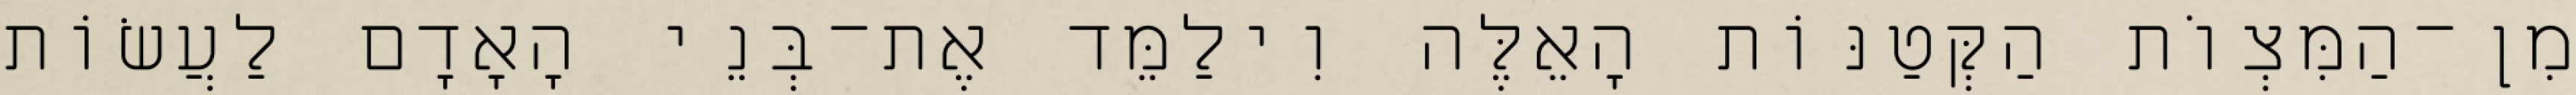
מִן־הַמִּצְוֹת הַקְּטַנּוֹת הָאֵלֶּה וִילַמֵּד אֶת־בְּנֵי הָאָדָם לַעֲשׂוֹת